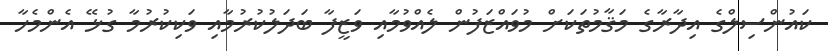
ކައުންސިލްގެ އިދާރާގެ މަޤާމުތަކަށް މުވައްޒަފުން ލެއްވުމާއި ވަޒީފާ ބަދަލުކުރުމާއި ވަކިކުރުމާ ގުޅޭ އެންމެހާ